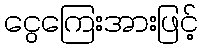
ငွေကြေးအားဖြင့်